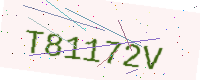
Text: T81172V